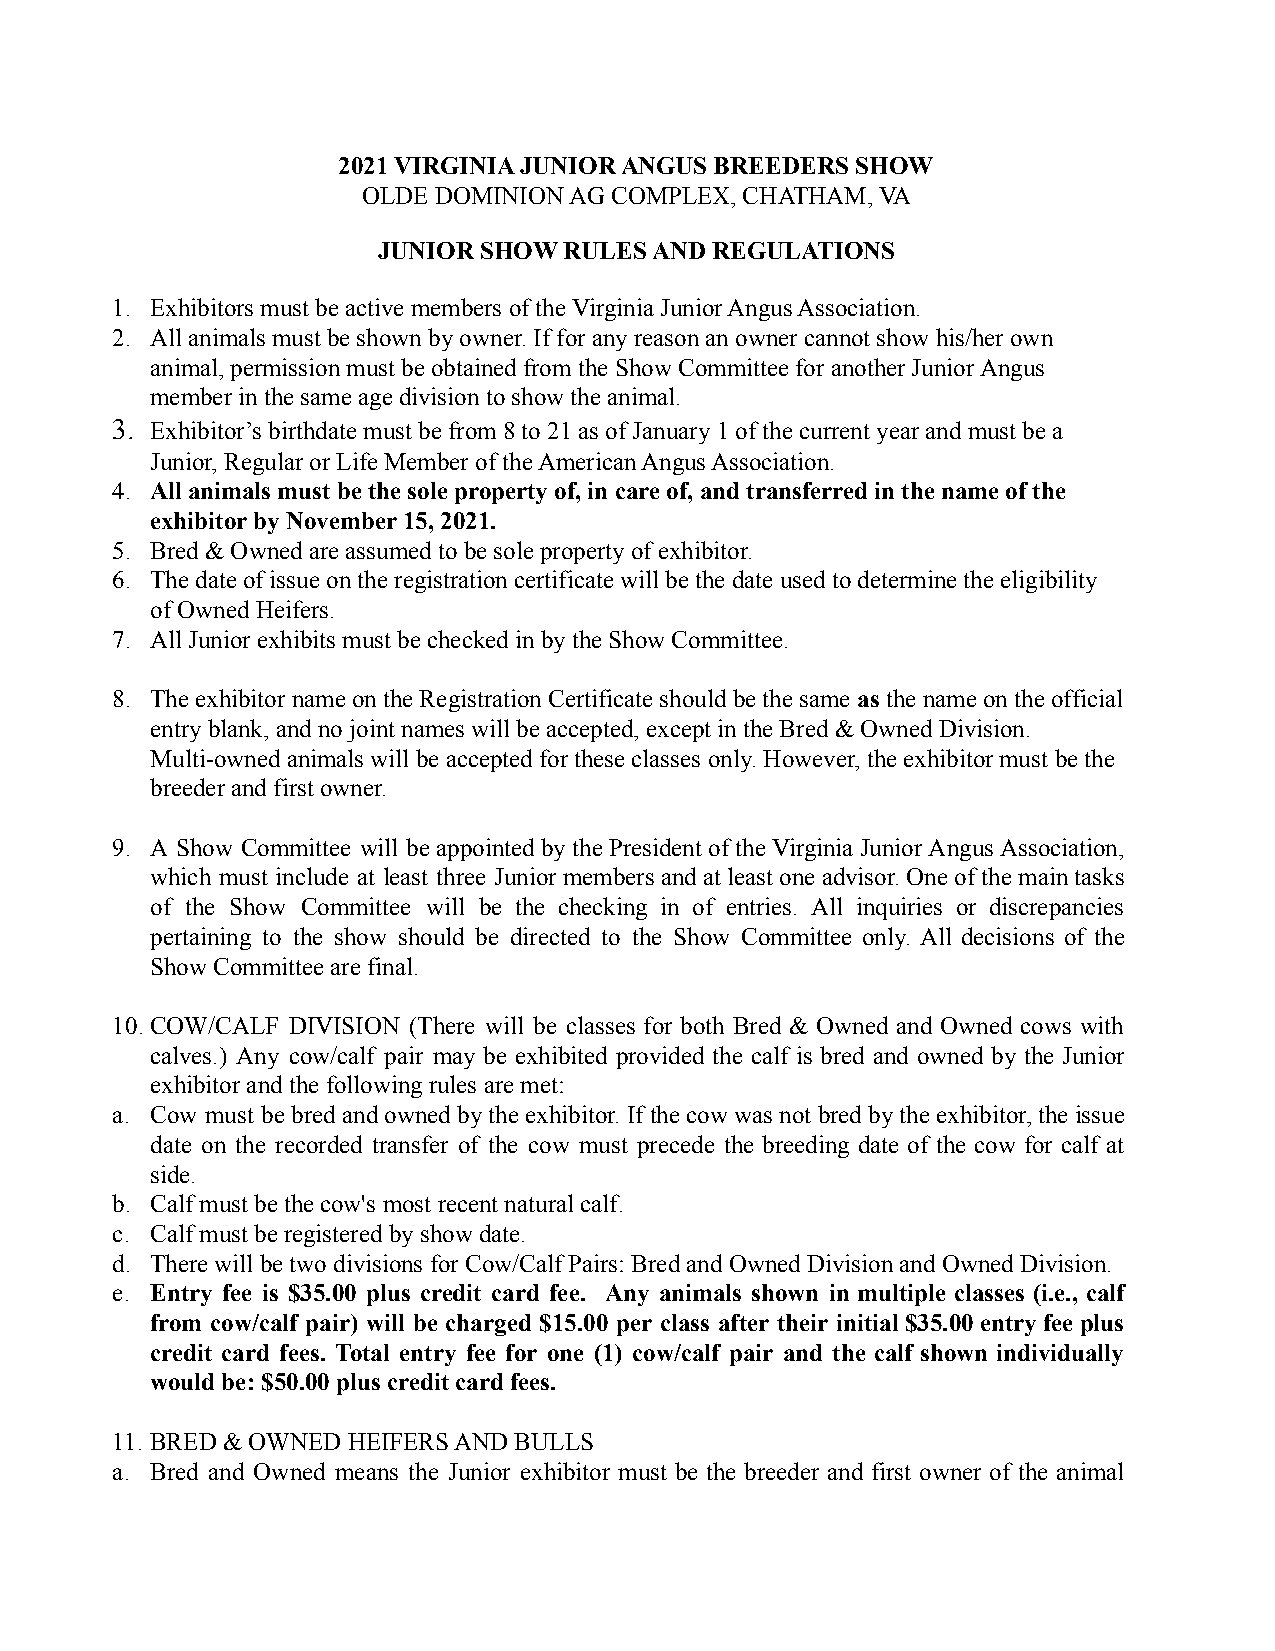
2021 VIRGINIA JUNIOR ANGUS BREEDERS SHOW
 OLDE DOMINION AG COMPLEX, CHATHAM, VA
 JUNIOR SHOW RULES AND REGULATIONS
 1. Exhibitors must be active members of the Virginia Junior Angus Association.
 2. All animals must be shown by owner. If for any reason an owner cannot show his/her own
 animal, permission must be obtained from the Show Committee for another Junior Angus
 member in the same age division to show the animal.
 3. Exhibitor’s birthdate must be from 8 to 21 as of January 1 of the current year and must be a
 Junior, Regular or Life Member of the American Angus Association.
 4. All animals must be the sole property of, in care of, and transferred in the name of the
 exhibitor by November 15, 2021.
 5. Bred & Owned are assumed to be sole property of exhibitor.
 6. The date of issue on the registration certificate will be the date used to determine the eligibility
 of Owned Heifers.
 7. All Junior exhibits must be checked in by the Show Committee.
 8. The exhibitor name on the Registration Certificate should be the sameas the name on the official
 entry blank, and no joint names will be accepted, except in the Bred & Owned Division.
 Multi-owned animals will be accepted for these classes only. However, the exhibitor must be the
 breeder and first owner.
 9. A Show Committee will beappointedbythe Presidentof theVirginia JuniorAngusAssociation,
 which must include at least three Juniormembers andat leastoneadvisor.Oneof themain tasks
 of the Show Committee will be the checking in of entries. All inquiries or discrepancies
 pertaining to the show should be directed to the Show Committee only. All decisions of the
 Show Committee are final.
 10.COW/CALF DIVISION (There will be classes for both Bred & Owned and Owned cows with
 calves.) Any cow/calf pair may be exhibited provided the calf is bred and owned by the Junior
 exhibitor and the following rules are met:
 a. Cow must be bredand ownedbythe exhibitor.If the cowwasnotbred bytheexhibitor,the issue
 date on the recorded transfer of the cow must precede the breeding date of the cow for calf at
 side.
 b. Calf must be the cow's most recent natural calf.
 c. Calf must be registered by show date.
 d. There will be two divisions for Cow/Calf Pairs: Bred and Owned Division and Owned Division.
 e. Entry fee is $35.00 plus credit card fee. Any animals shown in multiple classes (i.e., calf
 from cow/calf pair) will be charged $15.00 per class after their initial$35.00 entry feeplus
 credit card fees. Total entry fee for one (1) cow/calf pair and the calf shown individually
 would be: $50.00 plus credit card fees.
 11. BRED & OWNED HEIFERS AND BULLS
 a. Bred and Owned means the Junior exhibitor must be the breeder and first owner of the animal